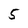
Character: 5